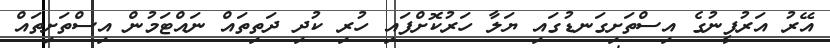
އޭރު އަރުފީނުގެ އިސްތަށިގަނޑުގައި ޔަލާ ހަރުކޮށްފައި ހުރި ކުދި ދަތިތައް ނައްޓަމުން އިސްތަށިތައް